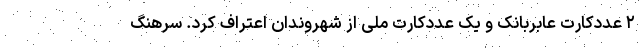
۲ عددکارت عابربانک و یک عددکارت ملی از شهروندان اعتراف کرد. سرهنگ